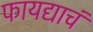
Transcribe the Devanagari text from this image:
फायद्याचं